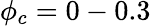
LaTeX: \phi_{c}=0-0.3